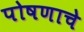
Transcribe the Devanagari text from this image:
पोषणाचे